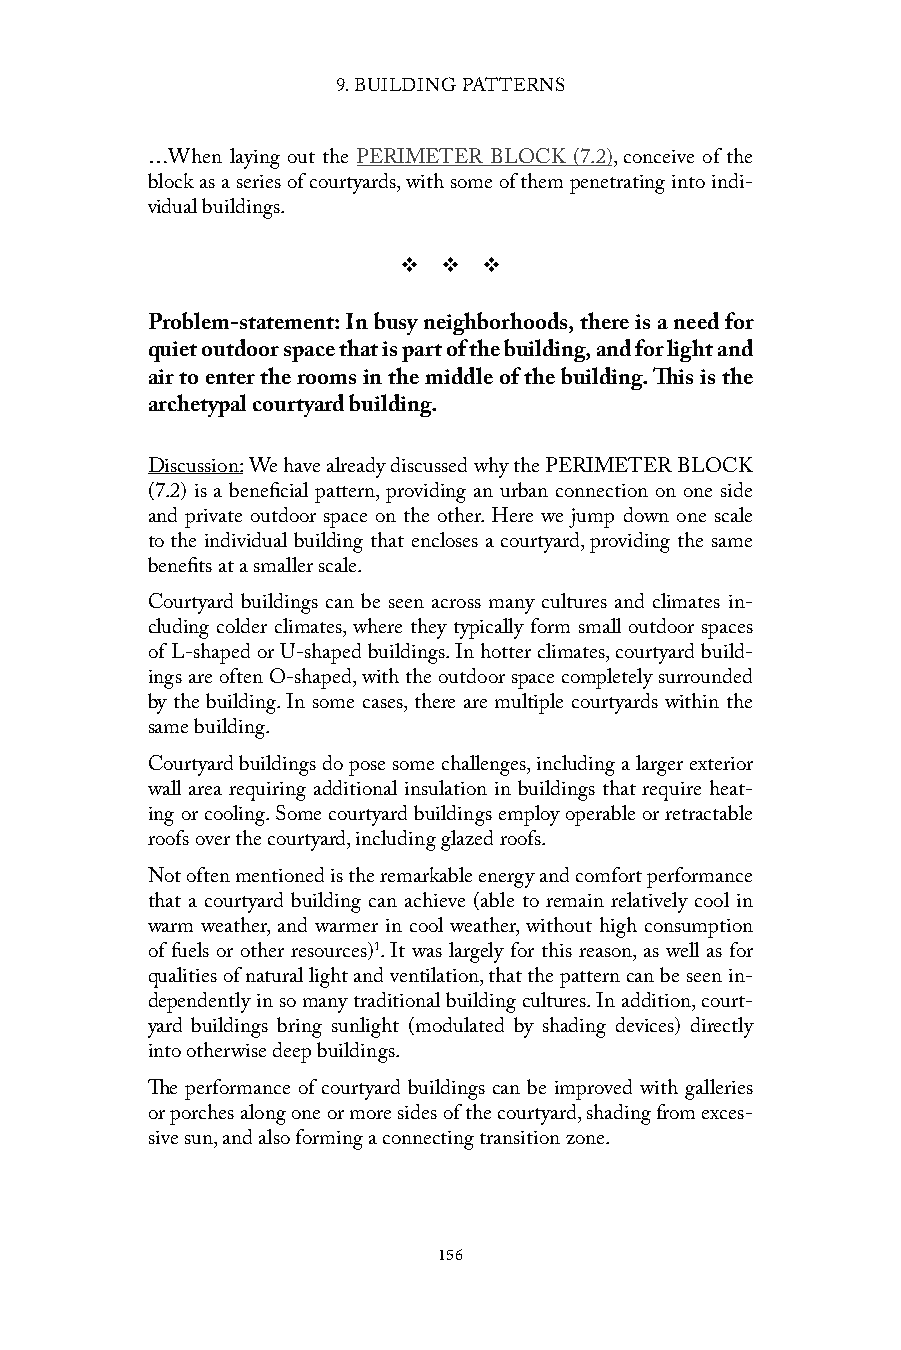
9. BUILDING PATTERNS
 …When laying out the PERIMETER BLOCK (7.2), conceive of the
 block as a series of courtyards, with some of them penetrating into indi-
 vidual buildings.
 v  v  v
 Problem-statement: In busy neighborhoods, there is a need for
 quiet outdoor space that is part of the building, and for light and
 air to enter the rooms in the middle of the building. This is the
 archetypal courtyard building.
 Discussion: We have already discussed why the PERIMETER BLOCK
 (7.2) is a beneficial pattern, providing an urban connection on one side
 and private outdoor space on the other. Here we jump down one scale
 to the individual building that encloses a courtyard, providing the same
 benefits at a smaller scale.
 Courtyard buildings can be seen across many cultures and climates in-
 cluding colder climates, where they typically form small outdoor spaces
 of L-shaped or U-shaped buildings. In hotter climates, courtyard build-
 ings are often O-shaped, with the outdoor space completely surrounded
 by the building. In some cases, there are multiple courtyards within the
 same building.
 Courtyard buildings do pose some challenges, including a larger exterior
 wall area requiring additional insulation in buildings that require heat-
 ing or cooling. Some courtyard buildings employ operable or retractable
 roofs over the courtyard, including glazed roofs.
 Not often mentioned is the remarkable energy and comfort performance
 that a courtyard building can achieve (able to remain relatively cool in
 warm weather, and warmer in cool weather, without high consumption
 of fuels or other resources)1. It was largely for this reason, as well as for
 qualities of natural light and ventilation, that the pattern can be seen in-
 dependently in so many traditional building cultures. In addition, court-
 yard buildings bring sunlight (modulated by shading devices) directly
 into otherwise deep buildings.
 The performance of courtyard buildings can be improved with galleries
 or porches along one or more sides of the courtyard, shading from exces-
 sive sun, and also forming a connecting transition zone.
 156